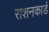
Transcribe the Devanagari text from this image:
राशनकार्ड